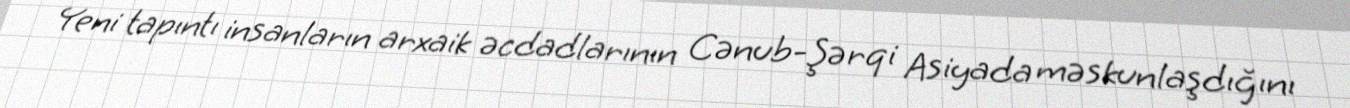
Yeni tapıntı insanların arxaik əcdadlarının Cənub-Şərqi Asiyada məskunlaşdığını